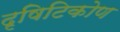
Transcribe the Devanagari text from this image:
दृषिटिकोण